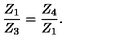
\frac { Z _ { 1 } } { Z _ { 3 } } = \frac { Z _ { 4 } } { Z _ { 1 } } .